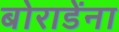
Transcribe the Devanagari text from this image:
बोराडेंना